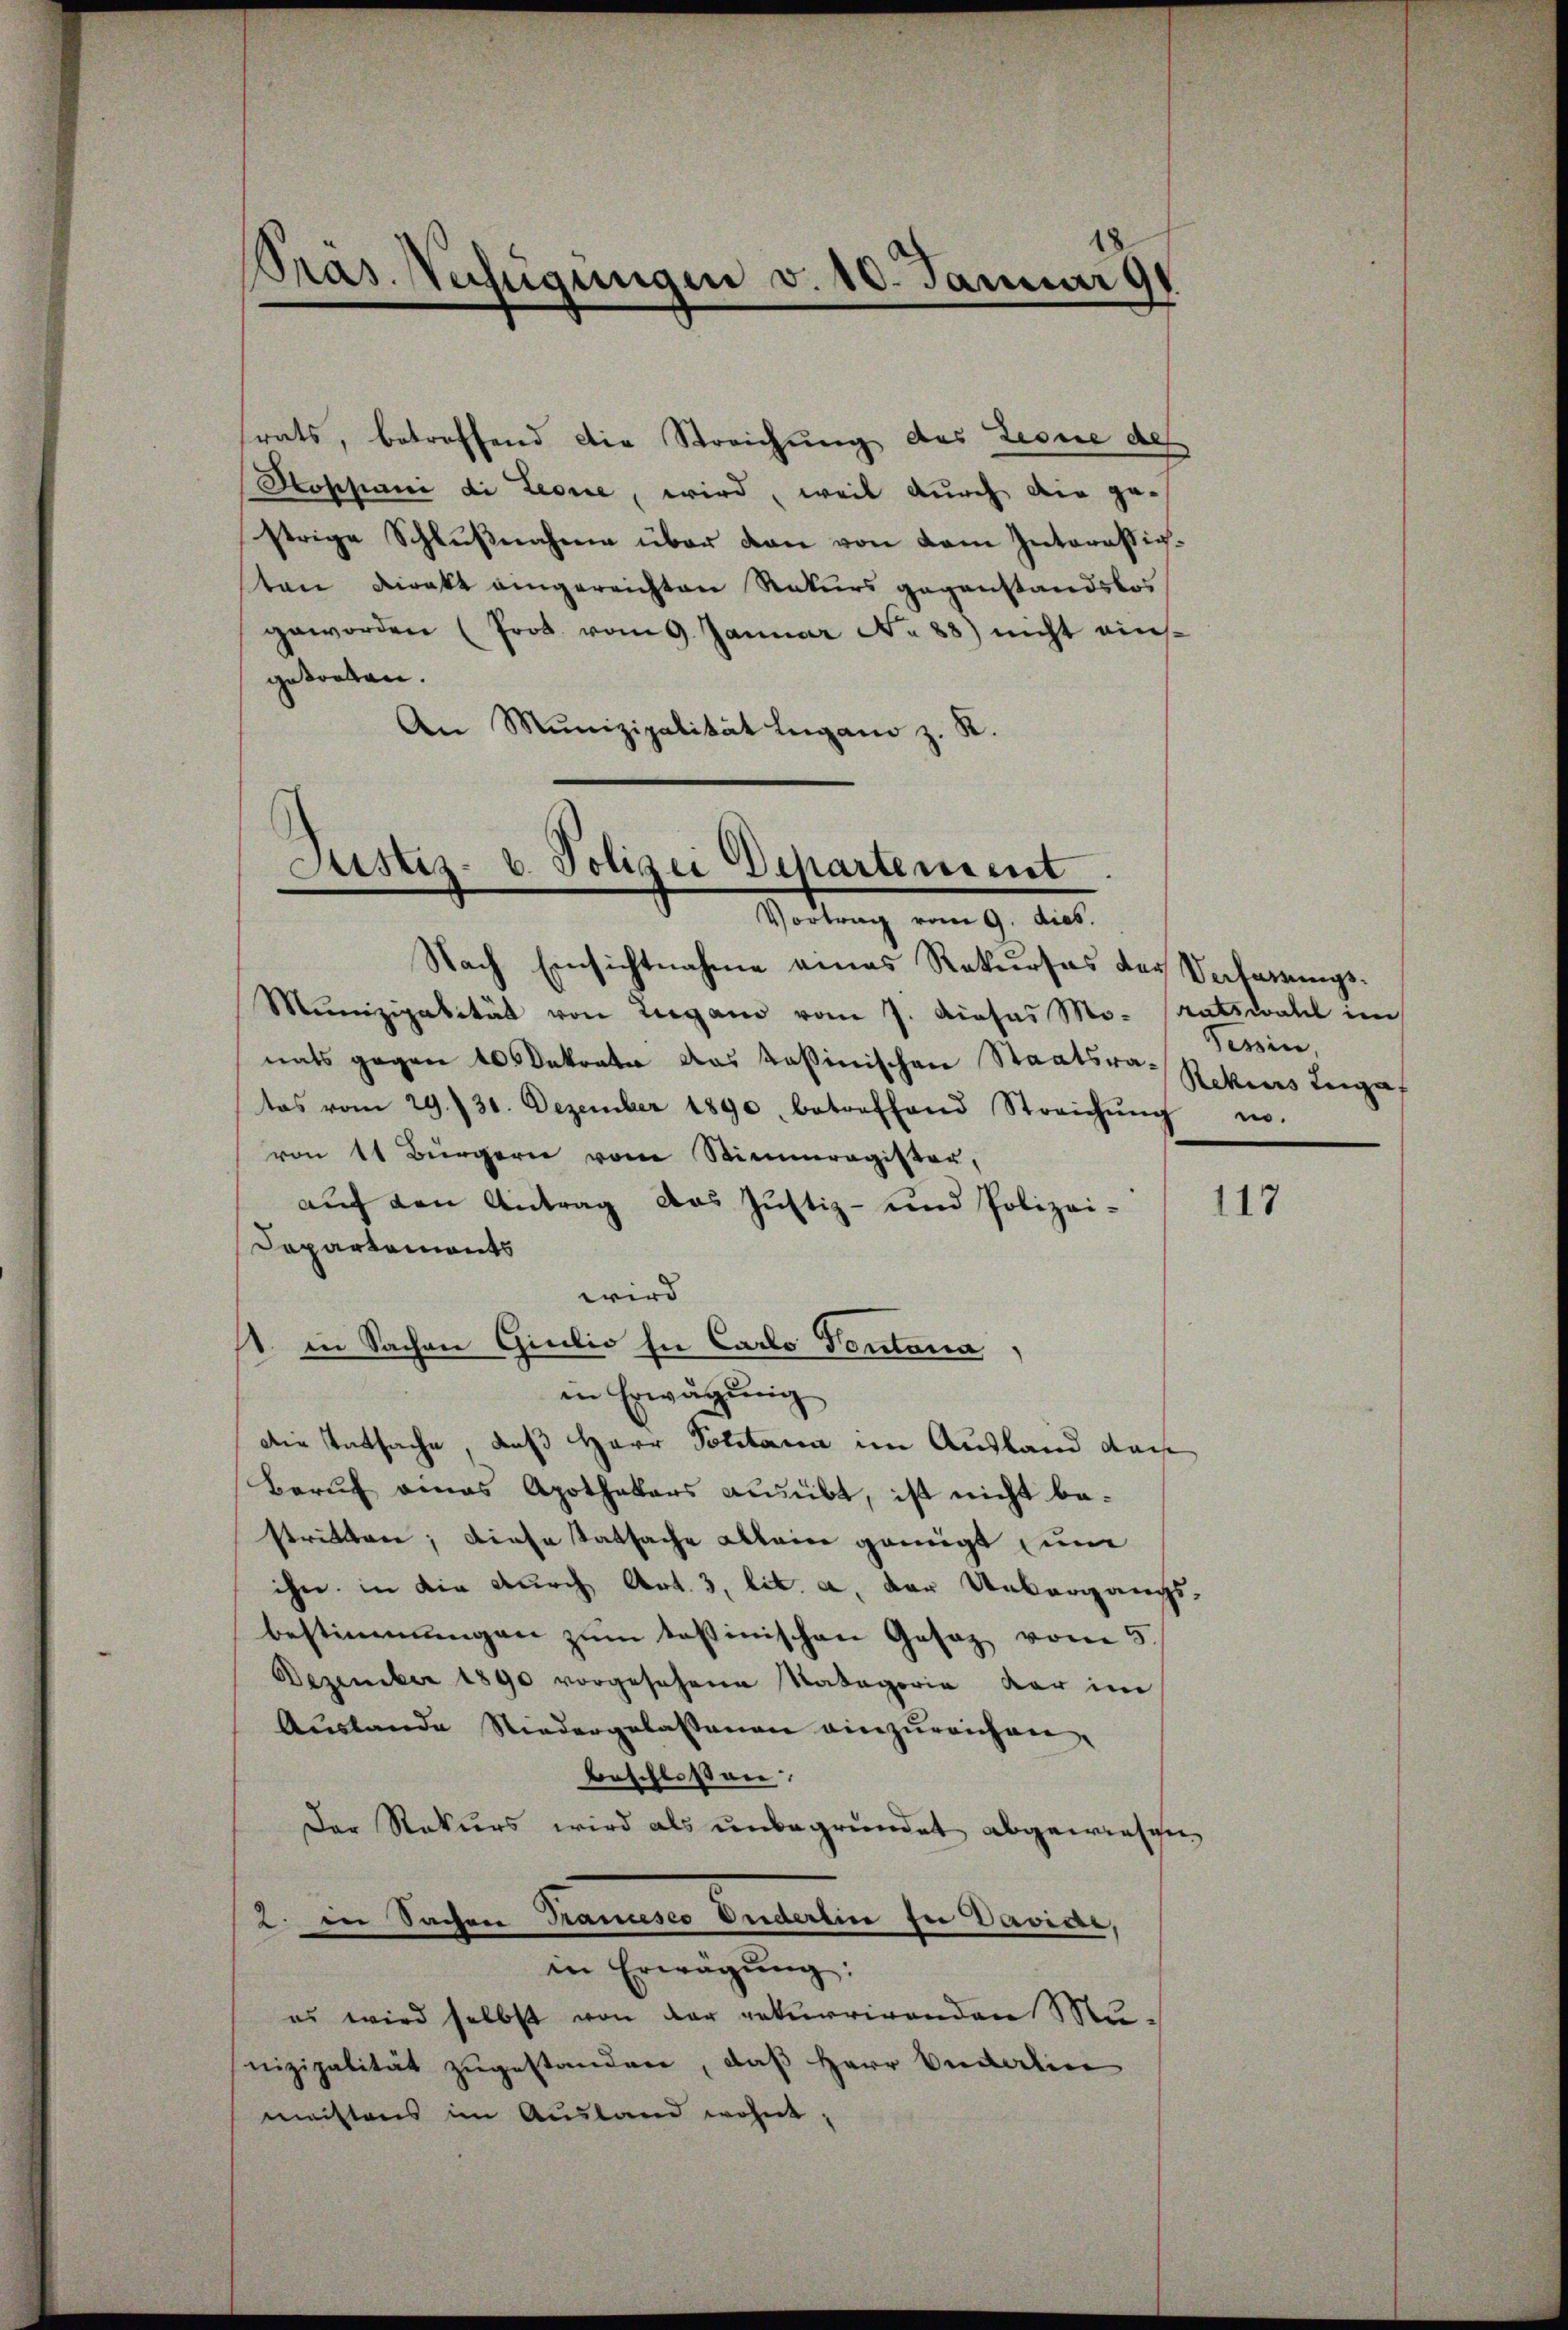
Präs. Verfügungen v. 10. Januar 191

rats, betreffend die Streichung des Leone des
Poppani di Leone, wird, weil durch die gestrige Schlŭβnahme über den von dem Interässigten Direkt eingereichten Rekurs gegenstandslos
geworden (Prot. vom 9. Januar No 88) nicht einsgetonten.
An Munizipalität Lugano z. R.

Justiz- u. Polizei Departement
Vortrag vom 9. dies.

Nach Einsichtnahme eines Rekurses des Verbarungs¬
Mŭnizipalität von Lugano vom 7. dieses Mo- ratswahl im
nats gegen 10 Dekrate das Kassinischen Staatsratas vom 29./30. Dezember 1890, betreffend Streichŭng
von 11 Bürgern vom Stimmregister,
auf den Antrag das Justiz- und Polizei-
Dopartements
wird
st. in Sachen Giulio in Carlo Vontana
in Erwägung
Die Tatsache, daß Herr Politaria im Ausland dach
Beruf eines Apothekars ausübt, ist nicht bestritten; diese Tatsache alleine geneigt um
ihn, in die durch Art. 3, lit. a. der Unbergangs-
bestimmungen zŭm testinischen Gesaz vom 5.
Dezember 1890 vorgesehene Kategorie dar im
Austande Niedergelassenen einzureichen,
beschloßen:
Der Rekurs wird als unbegründet abgewiesen,
2. in Sachen Trancesco Enderlin in Davide,
in Erwägung:
es wird selbst von der rekurrirenden Mu-
nizipalität zugestanden, daß Herr Budaten
meistens im Ausland wohnt;

Tessin,
Rekius Luga
no.

117